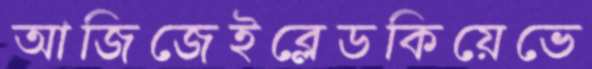
আজিজেইব্লেডকিয়েভে